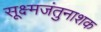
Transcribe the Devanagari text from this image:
सूक्ष्मजंतुनाशक